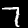
Digit: 7